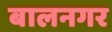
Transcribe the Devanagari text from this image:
बालनगर